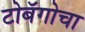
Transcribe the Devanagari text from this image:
टोबॅगोचा